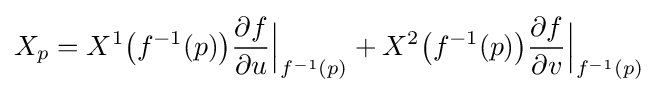
X_{p}=X^{1}{\big (}f^{-1}(p){\big )}{\frac {\partial f}{\partial u}}{\Big |}_{f^{-1}(p)}+X^{2}{\big (}f^{-1}(p){\big )}{\frac {\partial f}{\partial v}}{\Big |}_{f^{-1}(p)}